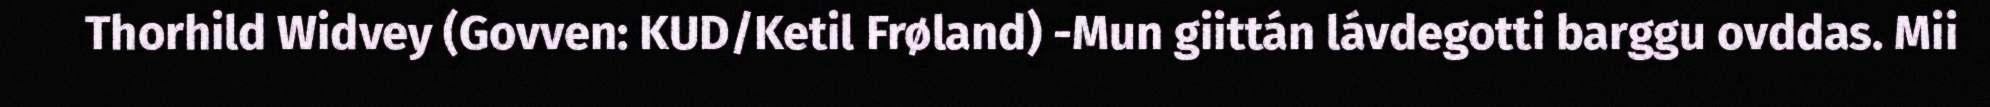
Thorhild Widvey (Govven: KUD/Ketil Frøland) -Mun giittán lávdegotti barggu ovddas. Mii